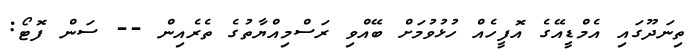
ތިނަދޫގައި އެމްޑީއޭގެ އޮފީހެއް ހުޅުވުމަށް ބޭއްވި ރަސްމިއްޔާތުގެ ތެރެއިން -- ސަން ފޮޓޯ: